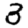
Digit: 3